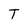
Character: T